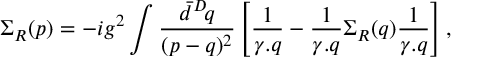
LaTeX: \Sigma _ { R } ( p ) = - i g ^ { 2 } \int \frac { \bar { d } ^ { D } \! q } { ( p - q ) ^ { 2 } } \left[ \frac { 1 } { \gamma . q } - \frac { 1 } { \gamma . q } \Sigma _ { R } ( q ) \frac { 1 } { \gamma . q } \right] ,